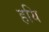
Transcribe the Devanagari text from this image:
हयि